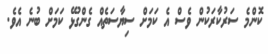
ކޮންމެ ސަރުކާރަކުން ވެސް އެ ކަމަށް ސިޔާސަތެއް ގެންގުޅޭ ކަމަށް ބުނެ އެވެ.